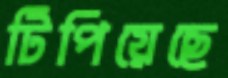
টিপিয়েছে